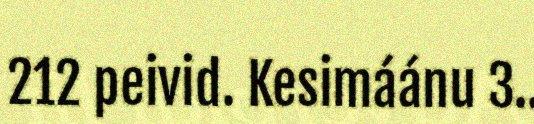
212 peivid. Kesimáánu 3..